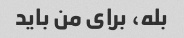
بله، برای من باید